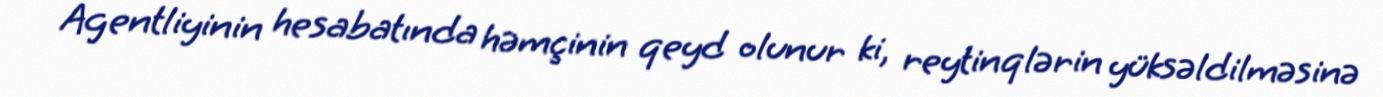
Agentliyinin hesabatında həmçinin qeyd olunur ki, reytinqlərin yüksəldilməsinə